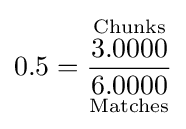
0.5={\frac {\overset {\text{Chunks}}{3.0000}}{\underset {\text{Matches}}{6.0000}}}